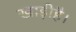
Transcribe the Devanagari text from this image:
खाड़ीहै।